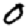
Digit: 0